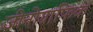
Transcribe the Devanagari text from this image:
जीनोग्राफिक